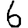
Digit: 6